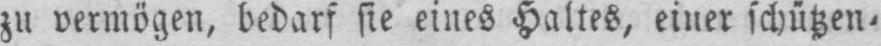
zu vermögen, bedarf sie eines Haltes, einer schützen⸗